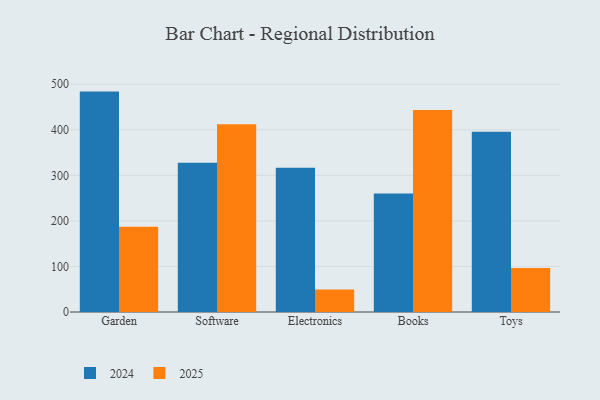
{"axis": {"x": "Category", "y": "Market Share (%)"}, "legend": ["2024", "2025"], "data": [{"x": "Garden", "y": 483.9, "type": "2024"}, {"x": "Garden", "y": 187.0, "type": "2025"}, {"x": "Software", "y": 327.5, "type": "2024"}, {"x": "Software", "y": 412.4, "type": "2025"}, {"x": "Electronics", "y": 316.6, "type": "2024"}, {"x": "Electronics", "y": 49.4, "type": "2025"}, {"x": "Books", "y": 260.2, "type": "2024"}, {"x": "Books", "y": 443.4, "type": "2025"}, {"x": "Toys", "y": 395.5, "type": "2024"}, {"x": "Toys", "y": 96.7, "type": "2025"}]}